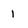
Character: 1